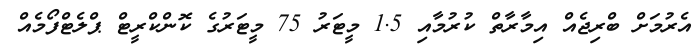
އެރުމަށް ބްރިޖެއް އިމާރާތް ކުރުމާއި 1.5 މީޓަރު 75 މީޓަރުގެ ކޮންކްރީޓް ޕްލެޓްފޯމެއް